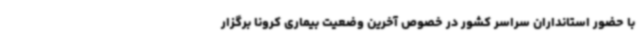
با حضور استانداران سراسر کشور در خصوص آخرین وضعیت بیماری کرونا برگزار